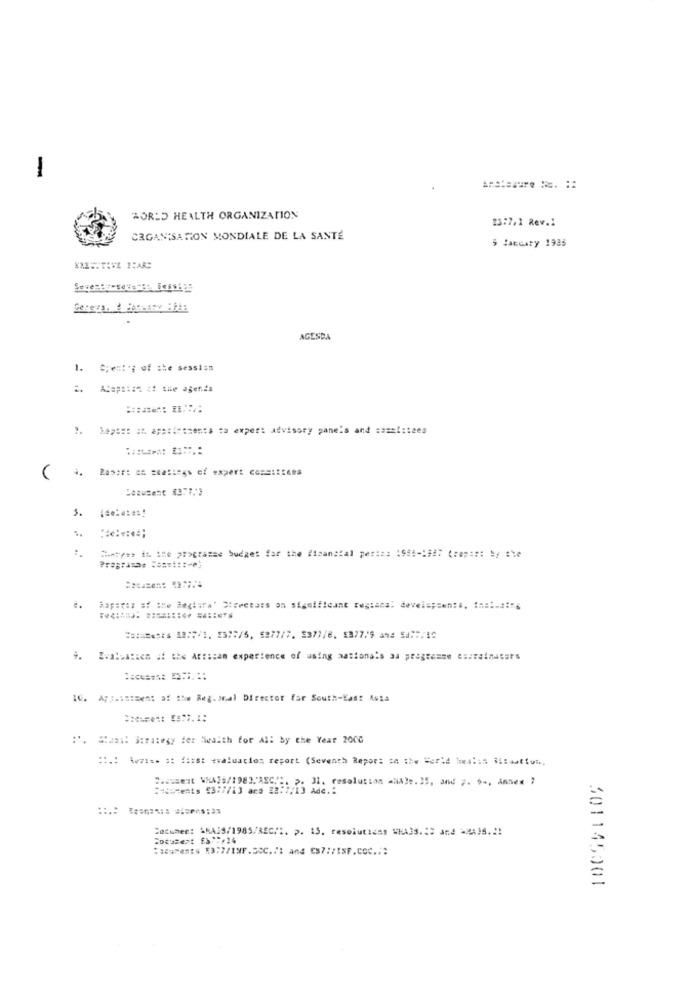
-
WORLD HEALTH ORGANIZATION
IS:7.1 Rev .:
ORGANISATION MONDIALE DE LA SANTÉ
$ Jakcary 1985
AGESDA
1. Gjen :*; of the session
2. ACapo:se zt the agenés
1. hepsi: ar apssieszent. ta expert advisory panela and samelitees
..
5. (# *****!
Chatyes it ine ptograsse budget for the financial peria: 1944-1947 ( ** p ::: by the
Mapaess af the Mextura" Streetoss on significant regiana: develop=en:#. t =====:**
4. Evaluation if the African experience of using aationals aa programme escreinuters
10. Appointment of the Reg. >mal Director for South-Kas: Asia
:'. Saat Sera:egy der health for All by the Year 2000
** **** ** fiist evaluation report (Seventh Repor: se the World bealis Situation ..
:iments 9377/13 ara 22:7/13 Ade .:
Cocumen: AMAJS/1985/REG !:. p. 15. resolutiens WHA3S. 23 and =MAIS .!!
Soculent f& F,14
:auMents R3:7/INF.SOC.7: and ES7:/!SF.coc ..:
301145001